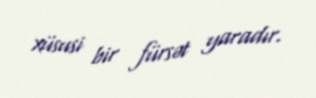
xüsusi bir fürsət yaradır.